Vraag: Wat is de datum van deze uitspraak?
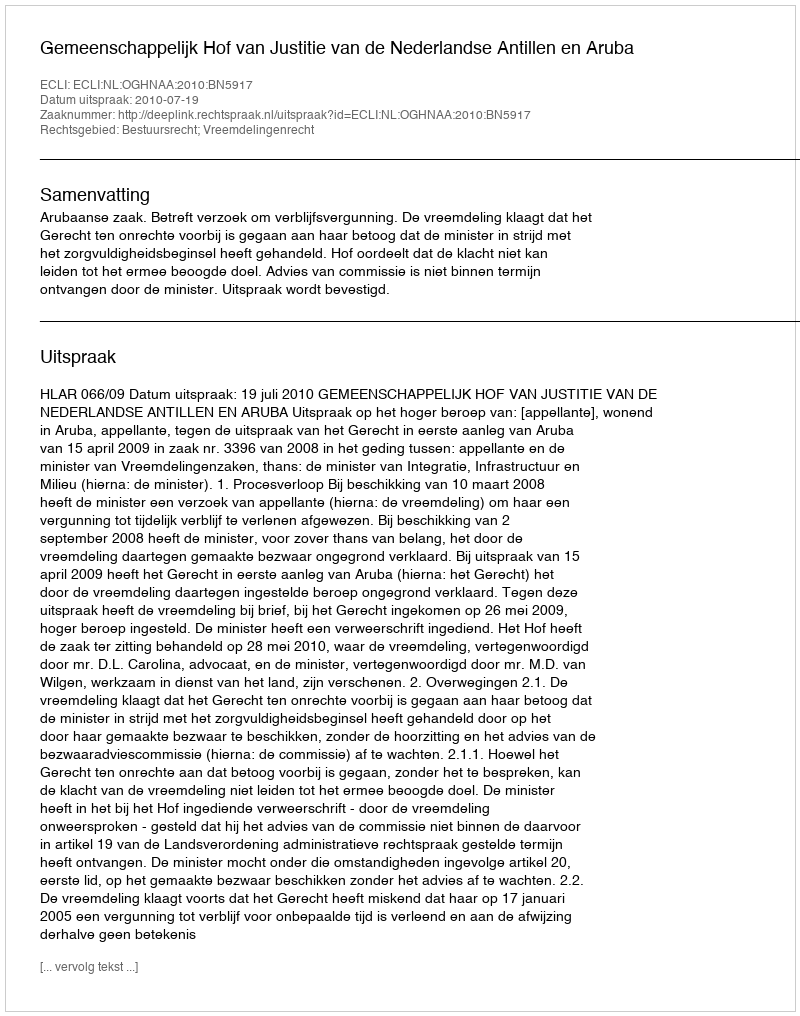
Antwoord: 2010-07-19